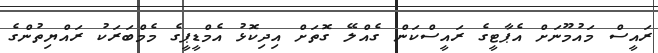
ރައީސް މައުމޫނަށް އެޕާޓީގެ ރައީސްކަން ގެއްލޭ ގޮތަށް އިދިކޮޅު އެމްޑީޕީގެ މެމްބަރަކު ރައްޔިތުންގެ